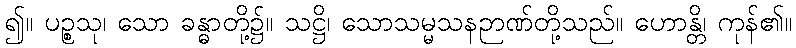
၍။ ပဉ္စသု၊ သော ခန္ဓာတို့၌။ သဋ္ဌိ၊ သောသမ္မသနဉာဏ်တို့သည်။ ဟောန္တိ၊ ကုန်၏။